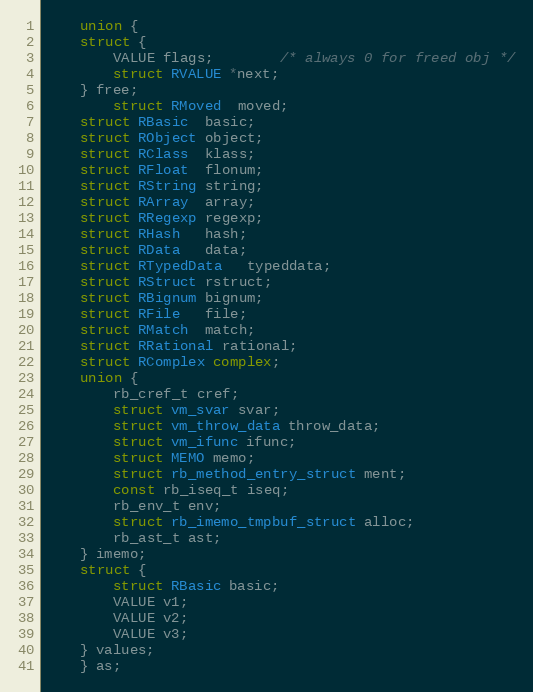
Language: C
    union {
	struct {
	    VALUE flags;		/* always 0 for freed obj */
	    struct RVALUE *next;
	} free;
        struct RMoved  moved;
	struct RBasic  basic;
	struct RObject object;
	struct RClass  klass;
	struct RFloat  flonum;
	struct RString string;
	struct RArray  array;
	struct RRegexp regexp;
	struct RHash   hash;
	struct RData   data;
	struct RTypedData   typeddata;
	struct RStruct rstruct;
	struct RBignum bignum;
	struct RFile   file;
	struct RMatch  match;
	struct RRational rational;
	struct RComplex complex;
	union {
	    rb_cref_t cref;
	    struct vm_svar svar;
	    struct vm_throw_data throw_data;
	    struct vm_ifunc ifunc;
	    struct MEMO memo;
	    struct rb_method_entry_struct ment;
	    const rb_iseq_t iseq;
	    rb_env_t env;
	    struct rb_imemo_tmpbuf_struct alloc;
	    rb_ast_t ast;
	} imemo;
	struct {
	    struct RBasic basic;
	    VALUE v1;
	    VALUE v2;
	    VALUE v3;
	} values;
    } as;